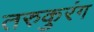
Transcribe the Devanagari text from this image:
तरुकुरंग